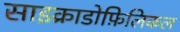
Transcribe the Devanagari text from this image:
साइक्राडोफ़िलिकल